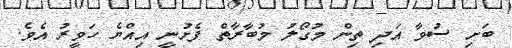
ބަށި ސުވާ އަދި ތިން މުގޯލު މުބާރާތް ފެށުނީ އިއްޔެ ހަވީރު އެވެ.